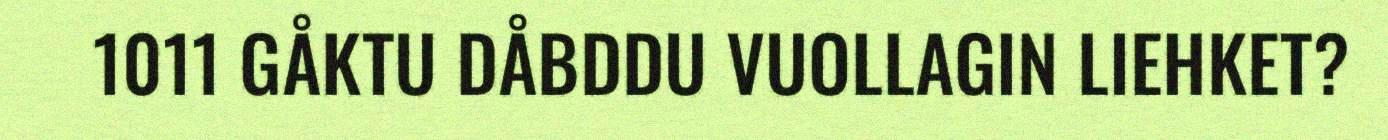
1011 GÅKTU DÅBDDU VUOLLAGIN LIEHKET?